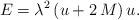
LaTeX: \begin{align*}E={\lambda}^{2} \left( u+2\,M \right) u.\end{align*}